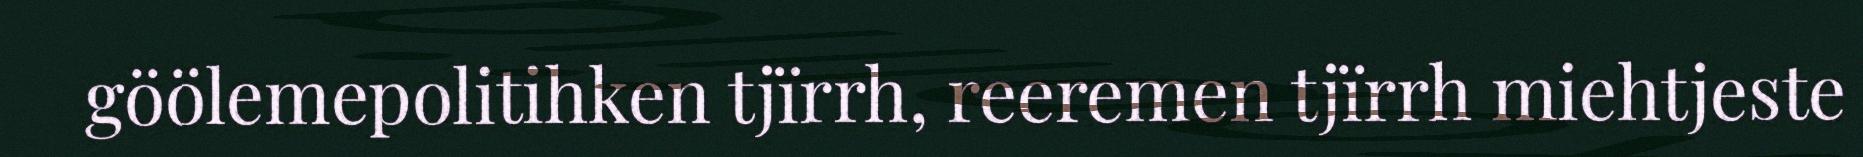
göölemepolitihken tjïrrh, reeremen tjïrrh miehtjeste